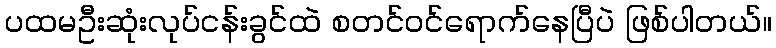
ပထမဦးဆုံးလုပ်ငန်းခွင်ထဲ စတင်ဝင်ရောက်နေပြီပဲ ဖြစ်ပါတယ်။